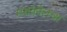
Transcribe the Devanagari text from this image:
स्पायनेलचा